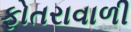
ફોતરાવાળી